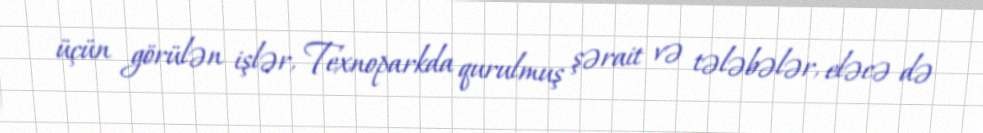
üçün görülən işlər, Texnoparkda qurulmuş şərait və tələbələr, eləcə də